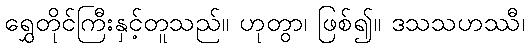
ရွှေတိုင်ကြီးနှင့်တူသည်။ ဟုတွာ၊ ဖြစ်၍။ ဒသသဟဿီ၊